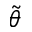
\tilde { \theta }